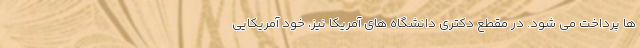
ها پرداخت می شود. در مقطع دکتری دانشگاه های آمریکا نیز، خود آمریکایی